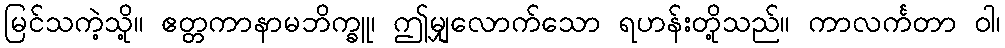
မြင်သကဲ့သို့။ ဧတ္တကာနာမဘိက္ခူ၊ ဤမျှလောက်သော ရဟန်းတို့သည်။ ကာလင်္ကတာ ဝါ၊